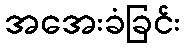
အအေးခံခြင်း